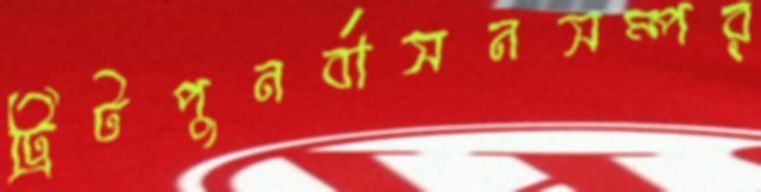
ট্রিটপুনর্বাসনসম্পর্